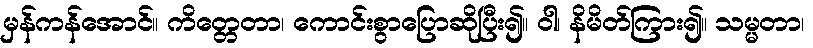
မှန်ကန်အောင်။ ကိတ္တေတာ၊ ကောင်းစွာပြောဆိုပြီး၍။ ဝါ၊ နိမိတ်ကြား၍။ သမ္မတာ၊